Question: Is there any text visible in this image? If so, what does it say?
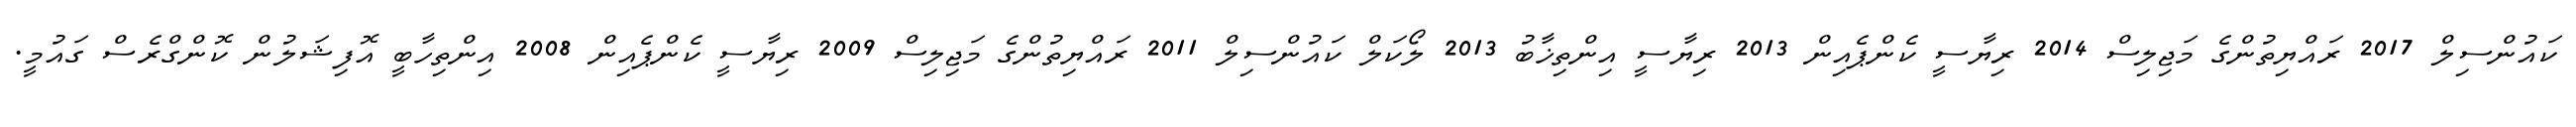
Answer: ކައުންސިލް 2017 ރައްޔިތުންގެ މަޖިލިސް 2014 ރިޔާސީ ކެންޕެއިން 2013 ރިޔާސީ އިންތިޚާބު 2013 ލޯކަލް ކައުންސިލް 2011 ރައްޔިތުންގެ މަޖިލިސް 2009 ރިޔާސީ ކެންޕެއިން 2008 އިންތިހާބީ އޮފިޝަލުން ކޮންގްރެސް ގައުމީ.